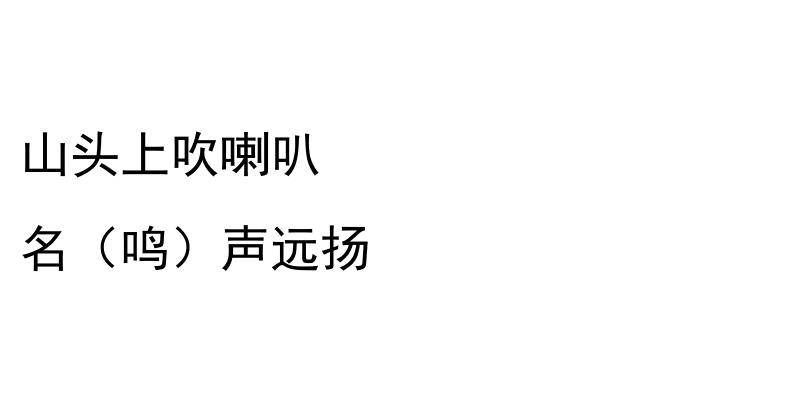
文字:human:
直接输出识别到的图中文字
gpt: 山头上吹喇叭 名（鸣）声远扬